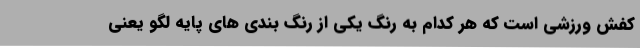
کفش ورزشی است که هر کدام به رنگ یکی از رنگ بندی های پایه لگو یعنی